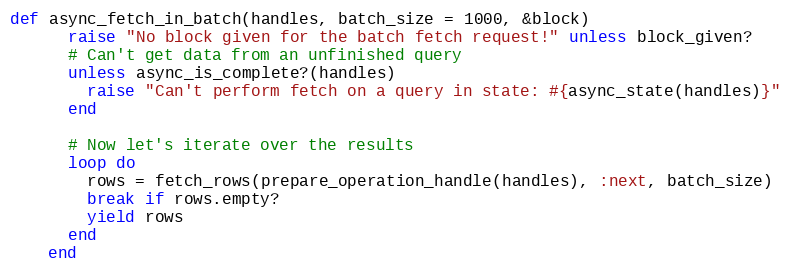
Language: Ruby
def async_fetch_in_batch(handles, batch_size = 1000, &block)
      raise "No block given for the batch fetch request!" unless block_given?
      # Can't get data from an unfinished query
      unless async_is_complete?(handles)
        raise "Can't perform fetch on a query in state: #{async_state(handles)}"
      end

      # Now let's iterate over the results
      loop do
        rows = fetch_rows(prepare_operation_handle(handles), :next, batch_size)
        break if rows.empty?
        yield rows
      end
    end